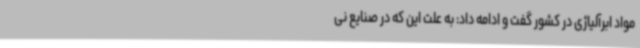
مواد ابرآلیاژی در کشور گفت و ادامه داد: به علت این که در صنایع نی